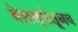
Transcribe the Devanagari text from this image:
वेशभूषेतूनच